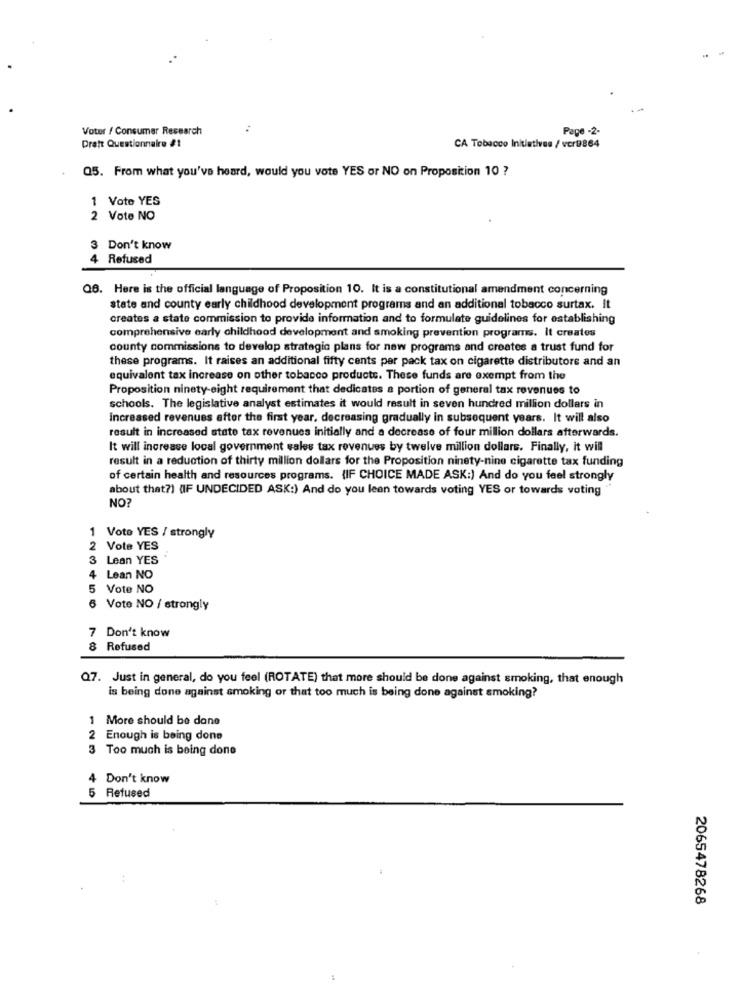
Voter / Consumer Research
Page -2.
Dratt Questionnaire #1
CA Tobacco Initiatives / vcr9864
05. From what you've heard, would you vote YES or NO on Proposition 10 ?
1 Vote YES
2 Vote NO
3 Don't know
4 Refused
Q6. Here is the official language of Proposition 10. It is a constitutional amendment concerning
state and county early childhood development programs and an additional tobacco surtax. It
creates a state commission to provide information and to formulate guidelines for establishing
comprehensive early childhood development and smoking prevention programs. It creates
county commissions to develop strategic plans for new programs and creates a trust fund for
these programs. It raises an additional fifty cents par pack tax on cigarette distributors and an
equivalent tax increase on other tobacco products. These funds are exempt from the
Proposition ninety-eight requirement that dedicates a portion of general tax revenues to
schools. The legislative analyst estimates it would result in seven hundred million dollars in
increased revenues after the first year. decreasing gradually in subsequent years. It will also
result in increased state tax revenues initially and a decrease of four million dollars afterwards.
It will increase local government sales tax revenues by twelve million dollars. Finally, it will
result in a reduction of thirty million dollars for the Proposition ninety-nine cigarette tax funding
of certain health and resources programs. (IF CHOICE MADE ASK:) And do you feel strongly
about that?) (IF UNDECIDED ASK:) And do you lean towards voting YES or towards voting
NO?
1 Voto YES / strongly
2 Vote YES
3 Lean YES
4 Lean NO
5 Vote NO
6 Vote NO / strongly
7 Don't know
8 Refused
Q7. Just in general, do you feel (ROTATE) that more should be done against smoking, that enough
is being done against smoking or that too much is being done against smoking?
1 More should be dane
2 Enough is being done
3 Too much is being done
4 Don't know
5 Refused
2065478268